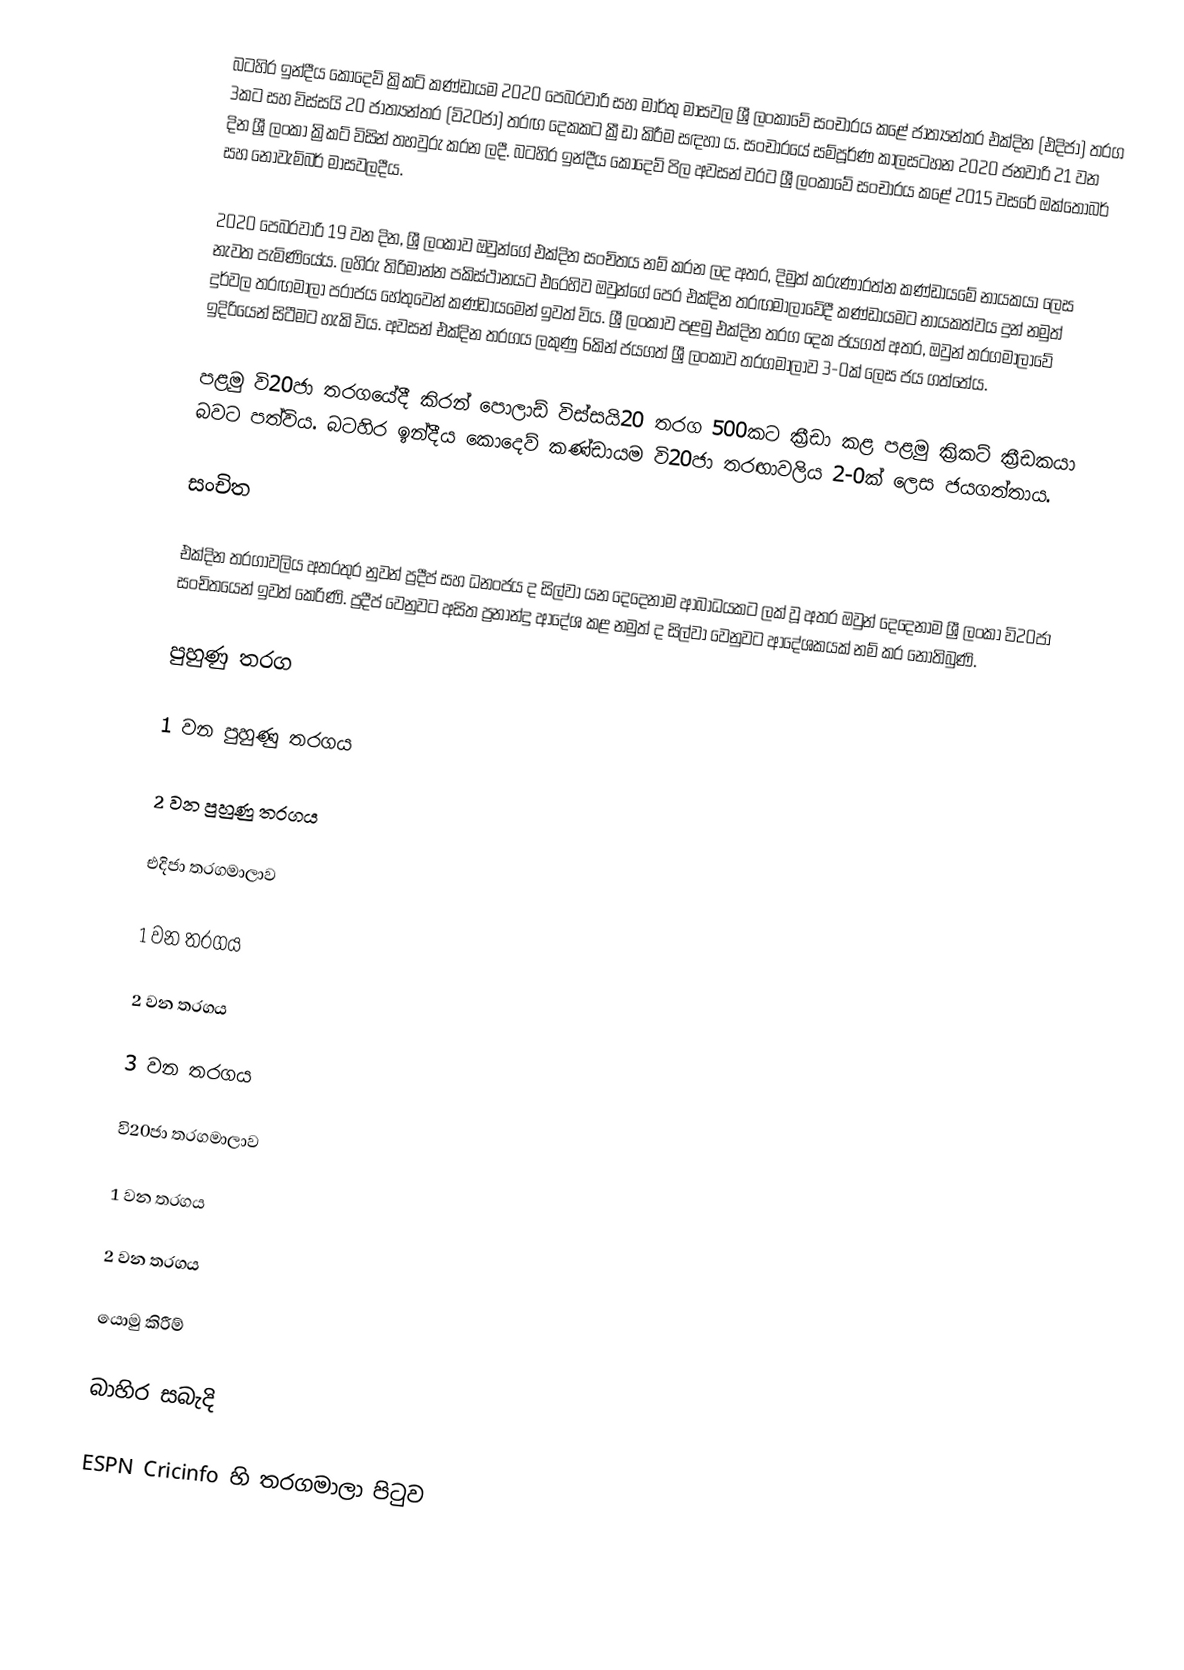
බටහිර ඉන්දීය කොදෙව් ක්‍රිකට් කණ්ඩායම 2020 පෙබරවාරි සහ මාර්තු මාසවල ශ්‍රී ලංකාවේ සංචාරය කළේ ජාත්‍යන්තර එක්දින (එදිජා) තරග 3කට සහ විස්සයි 20 ජාත්‍යන්තර (වි20ජා) තරඟ දෙකකට ක්‍රීඩා කිරීම සඳහා ය. සංචාරයේ සම්පූර්ණ කාලසටහන 2020 ජනවාරි 21 වන දින ශ්‍රී ලංකා ක්‍රිකට් විසින් තහවුරු කරන ලදී. බටහිර ඉන්දීය කොදෙව් පිල අවසන් වරට ශ්‍රී ලංකාවේ සංචාරය කළේ 2015 වසරේ ඔක්තෝබර් සහ නොවැම්බර් මාසවලදීය.

2020 පෙබරවාරි 19 වන දින, ශ්‍රී ලංකාව ඔවුන්ගේ එක්දින සංචිතය නම් කරන ලද අතර, දිමුත් කරුණාරත්න කණ්ඩායමේ නායකයා ලෙස නැවත පැමිණියේය. ලහිරු තිරිමාන්න පකිස්ථානයට එරෙහිව ඔවුන්ගේ පෙර එක්දින තරඟමාලාවේදී කණ්ඩායමට නායකත්වය දුන් නමුත් දුර්වල තරඟමාලා පරාජය හේතුවෙන් කණ්ඩායමෙන් ඉවත් විය. ශ්‍රී ලංකාව පළමු එක්දින තරග දෙක ජයගත් අතර, ඔවුන් තරගමාලාවේ ඉදිරියෙන් සිටීමට හැකි විය. අවසන් එක්දින තරගය ලකුණු 6කින් ජයගත් ශ්‍රී ලංකාව තරගමාලාව 3-0ක් ලෙස ජය ගත්තේය.

පළමු වි20ජා තරගයේදී කිරන් පොලාඩ් විස්සයි20 තරග 500කට ක්‍රීඩා කළ පළමු ක්‍රිකට් ක්‍රීඩකයා බවට පත්විය. බටහිර ඉන්දීය කොදෙව් කණ්ඩායම වි20ජා තරඟාවලිය 2-0ක් ලෙස ජයගත්තාය.

සංචිත

එක්දින තරගාවලිය අතරතුර නුවන් ප්‍රදීප් සහ ධනංජය ද සිල්වා යන දෙදෙනාම ආබාධයකට ලක් වූ අතර ඔවුන් දෙදෙනාම ශ්‍රී ලංකා වි20ජා සංචිතයෙන් ඉවත් කෙරිණි. ප්‍රදීප් වෙනුවට අසිත ප්‍රනාන්දු ආදේශ කළ නමුත් ද සිල්වා වෙනුවට ආදේශකයක් නම් කර නොතිබුණි.

පුහුණු තරග

1 වන පුහුණු තරගය

2 වන පුහුණු තරගය

එදිජා තරගමාලාව

1 වන තරගය

2 වන තරගය

3 වන තරගය

වි20ජා තරගමාලාව

1 වන තරගය

2 වන තරගය

යොමු කිරීම්

බාහිර සබැදි

 ESPN Cricinfo හි තරගමාලා පිටුව